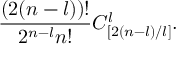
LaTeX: \frac { ( 2 ( n - l ) ) ! } { 2 ^ { n - l } n ! } C _ { [ 2 ( n - l ) / l ] } ^ { l } .